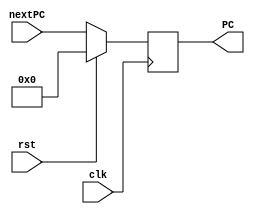
// This program was cloned from: https://github.com/Rohan7Gupta/pentaRV
// License: Apache License 2.0

module PC_Module(clk,rst,PC,nextPC);
    input clk,rst;
    input [31:0]nextPC;
    output [31:0]PC;
    reg [31:0] PC ;

    always @(posedge clk)
    begin
        if(rst)
            PC <= {32{1'b0}};
        else
            PC <= nextPC;
    end
endmodule